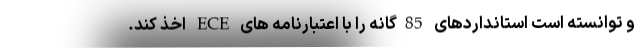
و توانسته است استانداردهای 85گانه را با اعتبارنامه های ECE اخذ کند.